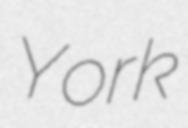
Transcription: York